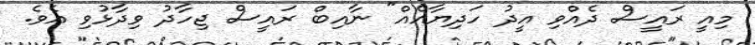
މިއީ ރައީސް ދެއްވި އީދު ހަދިޔާއެއް" ނާއިބް ރައީސް ޖިހާދު ވިދާޅުވި އެވެ.